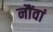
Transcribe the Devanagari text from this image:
नौंवां